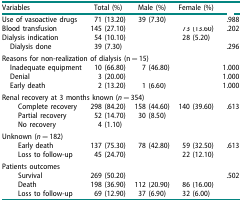
<table><thead><tr><td><b>Variables</b></td><td><b>Total (%)</b></td><td><b>Male (%)</b></td><td><b>Female (%)</b></td><td>[EMPTY_CELL]</td></tr></thead><tbody><tr><td>Use of vasoactive drugs</td><td>71 (13.20)</td><td>39 (7.30)</td><td>[EMPTY_CELL]</td><td>.988</td></tr><tr><td>Blood transfusion</td><td>145 (27.10)</td><td>[EMPTY_CELL]</td><td>73 (13.60)</td><td>.202</td></tr><tr><td>Dialysis indication</td><td>54 (10.10)</td><td>[EMPTY_CELL]</td><td>28 (5.20)</td><td>[EMPTY_CELL]</td></tr><tr><td> Dialysis done</td><td>39 (7.30)</td><td>[EMPTY_CELL]</td><td>[EMPTY_CELL]</td><td>.296</td></tr><tr><td colspan="5">Reasons for non-realization of dialysis (n = 15)</td></tr><tr><td> Inadequate equipment</td><td>10 (66.80)</td><td>7 (46.80)</td><td>[EMPTY_CELL]</td><td>1.000</td></tr><tr><td> Denial</td><td>3 (20.00)</td><td>[EMPTY_CELL]</td><td>[EMPTY_CELL]</td><td>1.000</td></tr><tr><td> Early death</td><td>2 (13.20)</td><td>1 (6.60)</td><td>[EMPTY_CELL]</td><td>1.000</td></tr><tr><td colspan="5">Renal recovery at 3 months known (<i>n</i> = 354)</td></tr><tr><td>Complete recovery</td><td>298 (84.20)</td><td>158 (44.60)</td><td>140 (39.60)</td><td>.613</td></tr><tr><td>Partial recovery</td><td>52 (14.70)</td><td>30 (8.50)</td><td>[EMPTY_CELL]</td><td>[EMPTY_CELL]</td></tr><tr><td>No recovery</td><td>4 (1.10)</td><td>[EMPTY_CELL]</td><td>[EMPTY_CELL]</td><td>[EMPTY_CELL]</td></tr><tr><td>Unknown (<i>n</i> = 182)</td><td>[EMPTY_CELL]</td><td>[EMPTY_CELL]</td><td>[EMPTY_CELL]</td><td>[EMPTY_CELL]</td></tr><tr><td>Early death</td><td>137 (75.30)</td><td>78 (42.80)</td><td>59 (32.50)</td><td>.613</td></tr><tr><td>Loss to follow-up</td><td>45 (24.70)</td><td>[EMPTY_CELL]</td><td>22 (12.10)</td><td>[EMPTY_CELL]</td></tr><tr><td>Patients outcomes</td><td>[EMPTY_CELL]</td><td>[EMPTY_CELL]</td><td>[EMPTY_CELL]</td><td>[EMPTY_CELL]</td></tr><tr><td>Survival</td><td>269 (50.20)</td><td>[EMPTY_CELL]</td><td>[EMPTY_CELL]</td><td>.502</td></tr><tr><td>Death</td><td>198 (36.90)</td><td>112 (20.90)</td><td>86 (16.00)</td><td>[EMPTY_CELL]</td></tr><tr><td>Loss to follow-up</td><td>69 (12.90)</td><td>37 (6.90)</td><td>32 (6.00)</td><td>[EMPTY_CELL]</td></tr></tbody></table>